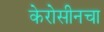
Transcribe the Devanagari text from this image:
केरोसीनचा